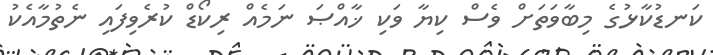
ކަނޑުކާޅުގެ މިބާވަތަށް ވެސް ކިޔާ ވަކި ޚާއްޞަ ނަމެއް ރިކޯޑް ކުރެވިފައި ނެތުމާއެކު